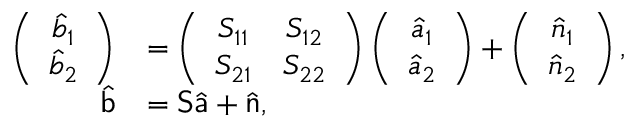
\begin{array} { r l } { \left( \begin{array} { c } { \hat { b } _ { 1 } } \\ { \hat { b } _ { 2 } } \end{array} \right) } & { = \left( \begin{array} { c c } { S _ { 1 1 } } & { S _ { 1 2 } } \\ { S _ { 2 1 } } & { S _ { 2 2 } } \end{array} \right) \left( \begin{array} { c } { \hat { a } _ { 1 } } \\ { \hat { a } _ { 2 } } \end{array} \right) + \left( \begin{array} { c } { \hat { n } _ { 1 } } \\ { \hat { n } _ { 2 } } \end{array} \right) , } \\ { \hat { \mathsf b } } & { = { \mathsf S } \hat { \mathsf a } + \hat { \mathsf n } , } \end{array}